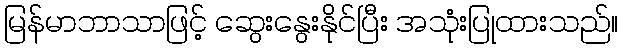
မြန်မာဘာသာဖြင့် ဆွေးနွေးနိုင်ပြီး အသုံးပြုထားသည်။